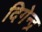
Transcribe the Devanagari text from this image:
दिगेन्द्र